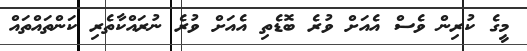
މީގެ ކުރިން ވެސް އެއަށް ވުރެ ބޮޑެތި އެއަށް ވުރެ ނުރައްކާތެރި ކަންތައްތައް